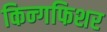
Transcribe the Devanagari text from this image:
किन्गफिशर